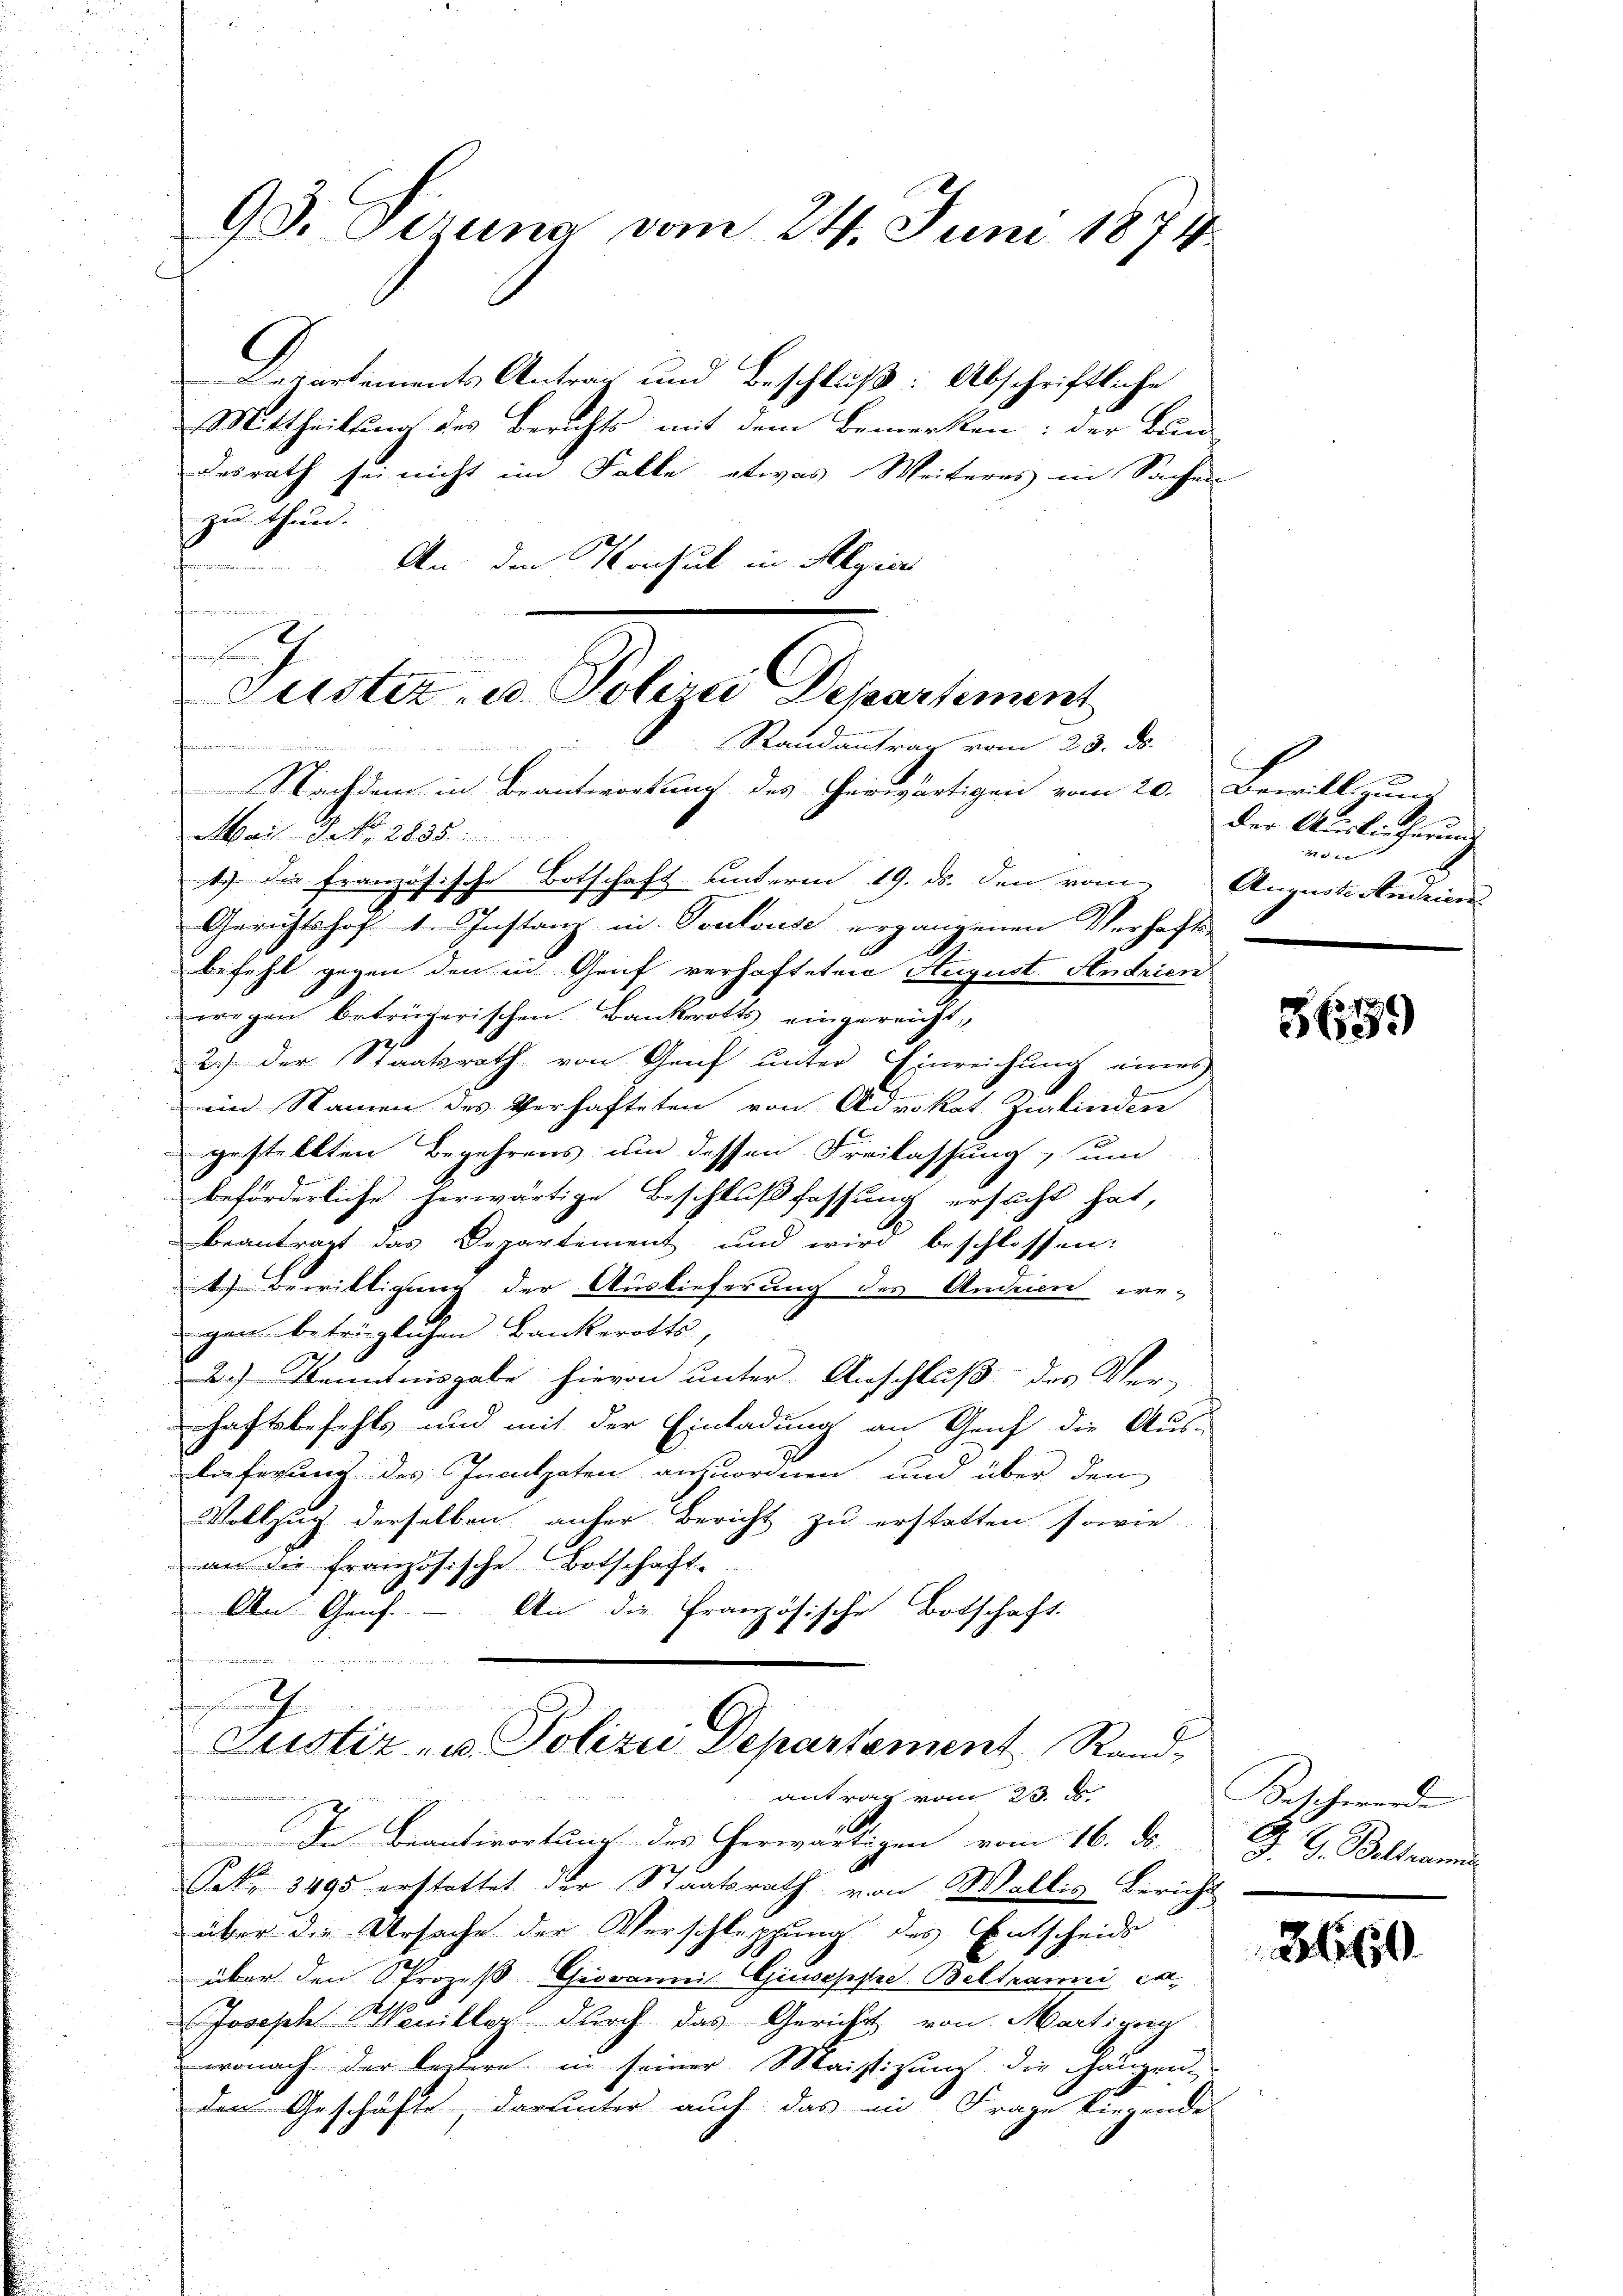
93. Sirung vom 24. Juni 1874

Departements Antrag und Beschluß: Abschriftliche
Mittheilung des Berichts mit dem Bemerken: der Bun-
desrath sei nicht im Falle etwas Weiteres in Sachen
zu thun.
8. An den Konsul in Algier
fammenen
e

Gustiz- u. Polire Departement
Randantrag vom 23. ds.
i

Nachdem in Beantwortung des herwärtigen vom 20. Bewilligung
Mait. Dec. 2885
1.) Die französische Botschaft unterm 19. ds. den vom
Gerichtshof 1. Instanz in Toulouse ergangenen Verhafts-
befehl gegen den in Genf verhafteten August Andrien
wegen betrügerischen Bankerotts eingereicht,
2.) Der Staatsrath von Genf unter Einreichung eines
ein Namen des Verhafteten von Advokat Zigkindere
gestellten Begehrens um dessen Freilassung, um
beförderliche herwärtige Beschlußfassung ersucht hat,
beantragt das Departement und wird beschlossen:
1.) Bewilligung der Auslieferung des Andrien we-
gen betrüglichen Bankerotts,
2.) Kenntnisgabe hievon unter Anschluß des Ver-
haftsbefehls und mit der Einladung an Genf die Aus-
lieferung des Inculpaten anzuordnen und über den
Vollzug derselben anher Bericht zu erstatten sowie
an die französische Botschaft.
Ant. Genf.
An die Französische Botschaft.
 f 10

h
Justiz- u. Polizei Departement Rand¬
.
antrag vom 23. d.

der Auslieferung
 xxx
Augusti Andrien

In Beantwortung des Herwärtigen vom 16. d. J. G. Boltrans
S. 3495 erstattet der Staatsrath von Wallis Bericht
über die Ursache der Verschleppung des Entscheids
über den Prozeß-Giovannis Giuseppe Beltramni ex
Joseph Monillez durch das Gerichts von Marti zeig
wonach der leztere in seiner Maistigung die Hängen-
den Geschäfte, darunter auch das an Frage liegende

3659

Beschwerde

0